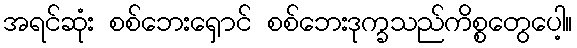
အရင်ဆုံး စစ်ဘေးရှောင် စစ်ဘေးဒုက္ခသည်ကိစ္စတွေပေါ့။